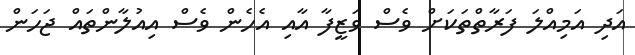
އަދި އަމިއްލަ ފަރާތްތަކަށް ވެސް ވަޒީފާ އާއި އެހެން ވެސް އިއުލާންތައް ޖަހަން